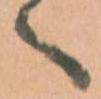
へ